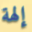
إلهة